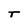
Character: T